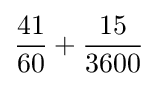
{\frac {41}{60}}+{\frac {15}{3600}}